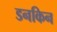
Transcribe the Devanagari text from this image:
डनकिन